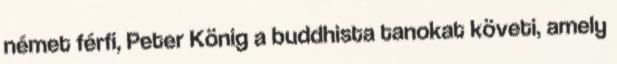
német férfi, Peter König a buddhista tanokat követi, amely